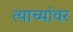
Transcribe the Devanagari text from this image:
त्याच्यांवर